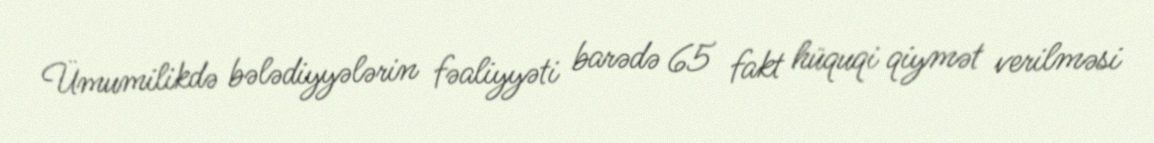
Ümumilikdə bələdiyyələrin fəaliyyəti barədə 65 fakt hüquqi qiymət verilməsi